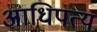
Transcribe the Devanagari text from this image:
अाधिपत्य